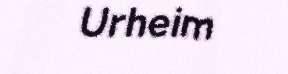
Urheim